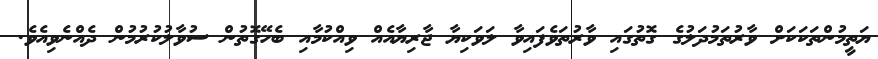
ޔަތީމުންތަކަކަށް ވާރުތަމުދަލުގެ ގޮތުގައި ވާރުތަވެފައިވާ ލަވަކިޔާ ޖާރިޔާއެއް ވިއްކުމާއި ބެހޭގޮތުން ސުވާލުކުރުމުން ދެއްނެވިއެވެ.